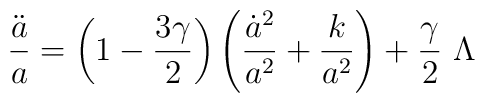
\frac{\ddot{a}}{a}=\left(1-\frac{3\gamma}{2}\right)\left(\frac{\dot{a}^2}{a^2}+\frac{k}{a^2}\right)+\frac{\gamma}{2}\ \Lambda